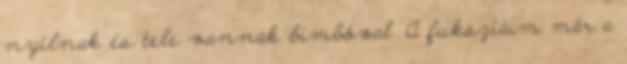
nyílnak és tele vannak bimbóval. A fuksziáim már a